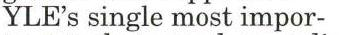
YLE's single most impor-